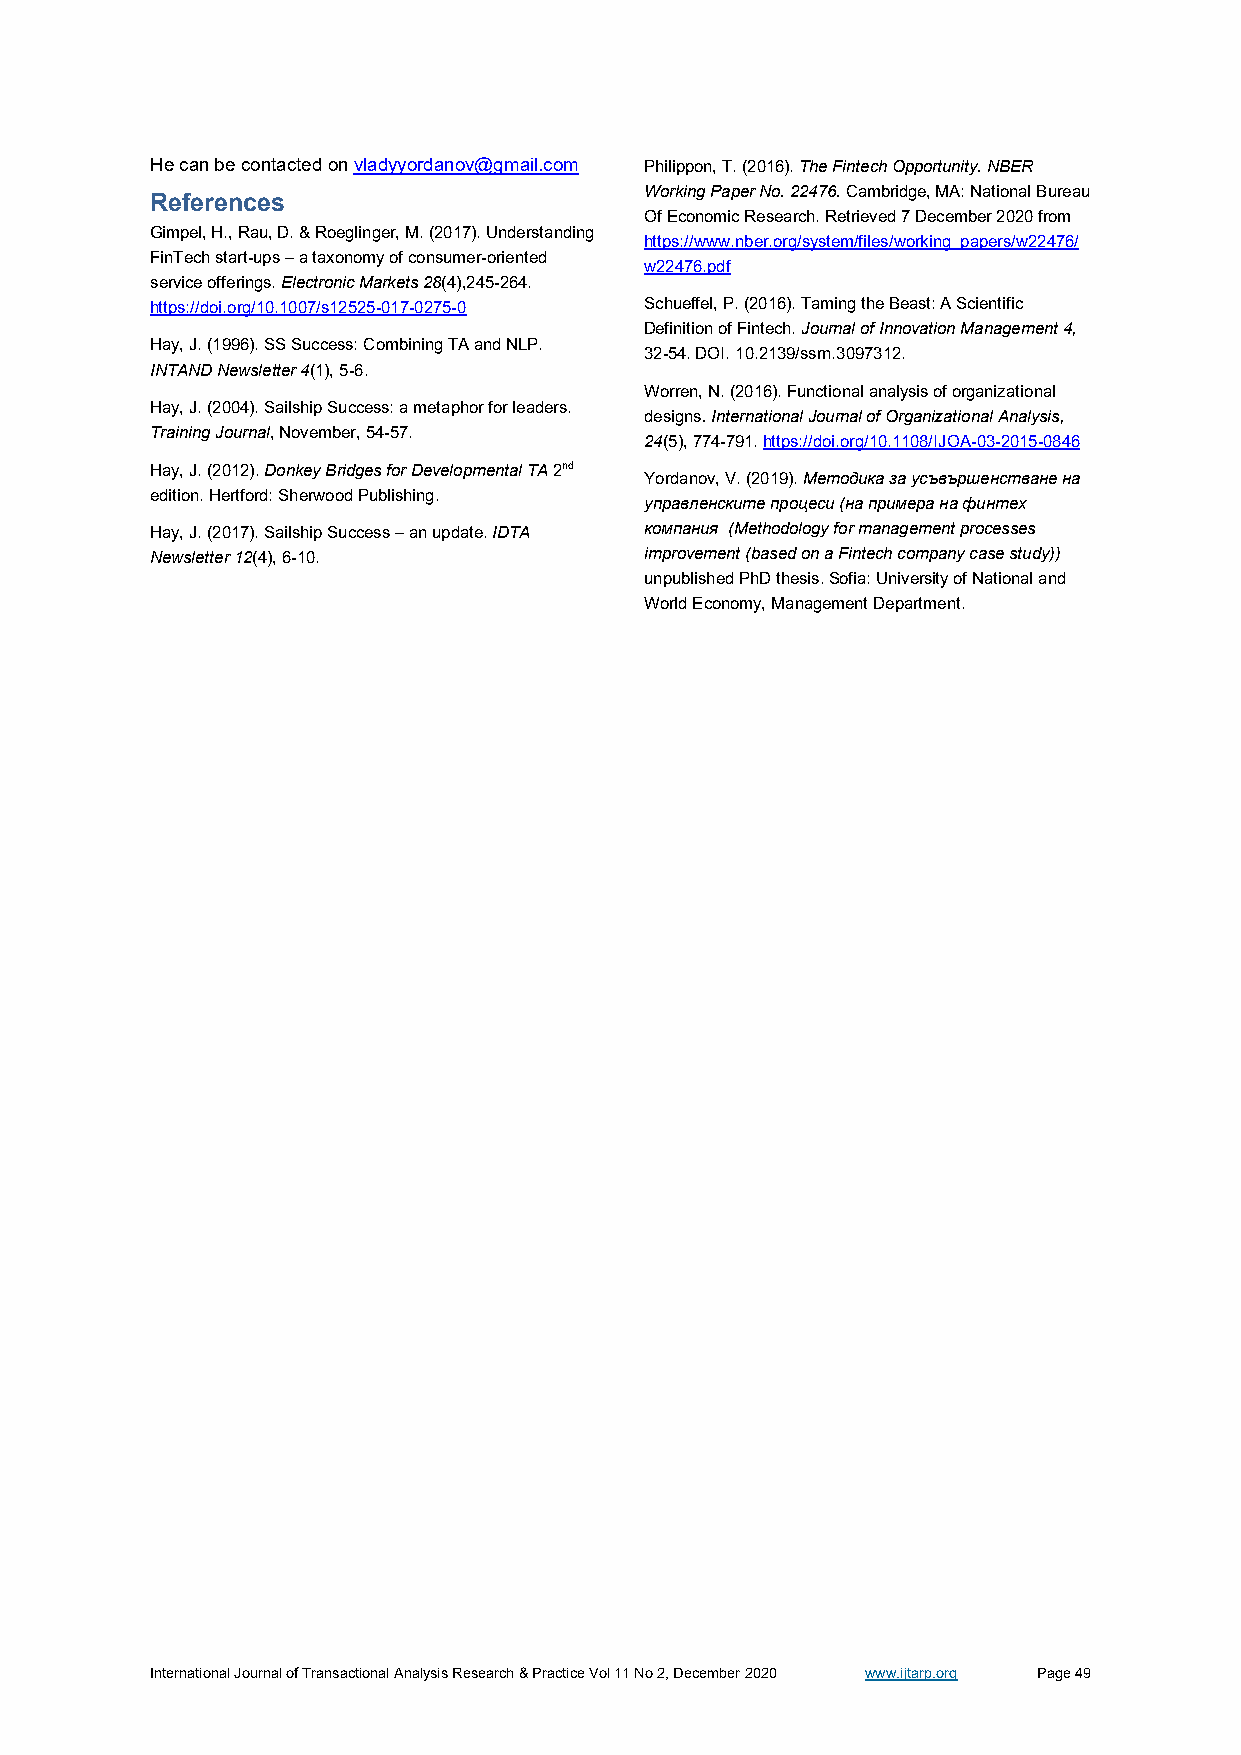
He can be contacted on vladyyordanov@gmail.com Philippon, T. (2016). The Fintech Opportunity. NBER
 Working Paper No. 22476. Cambridge, MA: National Bureau
 References
 Of Economic Research. Retrieved 7 December 2020 from
 Gimpel, H., Rau, D. & Roeglinger, M. (2017). Understanding
 https://www.nber.org/system/files/working_papers/w22476/
 FinTech start-ups – a taxonomy of consumer-oriented
 w22476.pdf
 service offerings. Electronic Markets 28(4),245-264.
 https://doi.org/10.1007/s12525-017-0275-0 Schueffel, P. (2016). Taming the Beast: A Scientific
 Definition of Fintech. Journal of Innovation Management 4,
 Hay, J. (1996). SS Success: Combining TA and NLP.
 32-54. DOI. 10.2139/ssrn.3097312.
 INTAND Newsletter 4(1), 5-6.
 Worren, N. (2016). Functional analysis of organizational
 Hay, J. (2004). Sailship Success: a metaphor for leaders.
 designs. International Journal of Organizational Analysis,
 Training Journal, November, 54-57.
 24(5), 774-791. https://doi.org/10.1108/IJOA-03-2015-0846
 Hay, J. (2012). Donkey Bridges for Developmental TA 2nd
 Yordanov, V. (2019). Методика за усъвършенстване на
 edition. Hertford: Sherwood Publishing.
 управленските процеси (на примера на финтех
 Hay, J. (2017). Sailship Success – an update. IDTA компания (Methodology for management processes
 Newsletter 12(4), 6-10.          improvement (based on a Fintech company case study))
 unpublished PhD thesis. Sofia: University of National and
 World Economy, Management Department.
 International Journal of Transactional Analysis Research & Practice Vol 11 No 2, December 2020 www.ijtarp.org Page 49